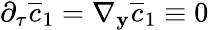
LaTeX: \partial_{\tau}\overline{c}_{1}=\nabla_{\mathbf y}\overline{c}_{1}\equiv 0